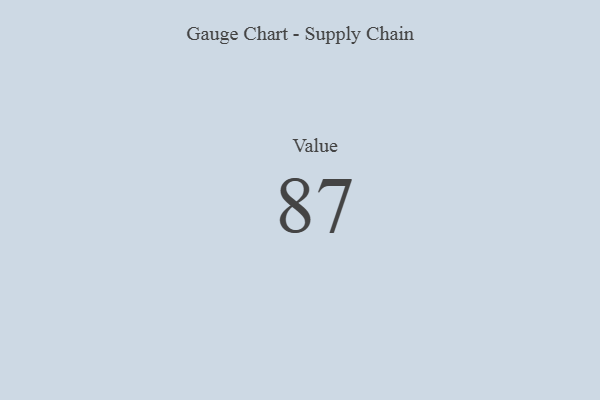
{"axis": {"x": "Metric", "y": "Value"}, "legend": [""], "data": [{"x": "Value", "y": 87, "type": ""}]}